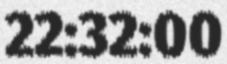
22:32:00